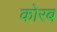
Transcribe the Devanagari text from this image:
कोरब